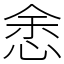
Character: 悆